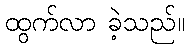
ထွက်လာ ခဲ့သည်။